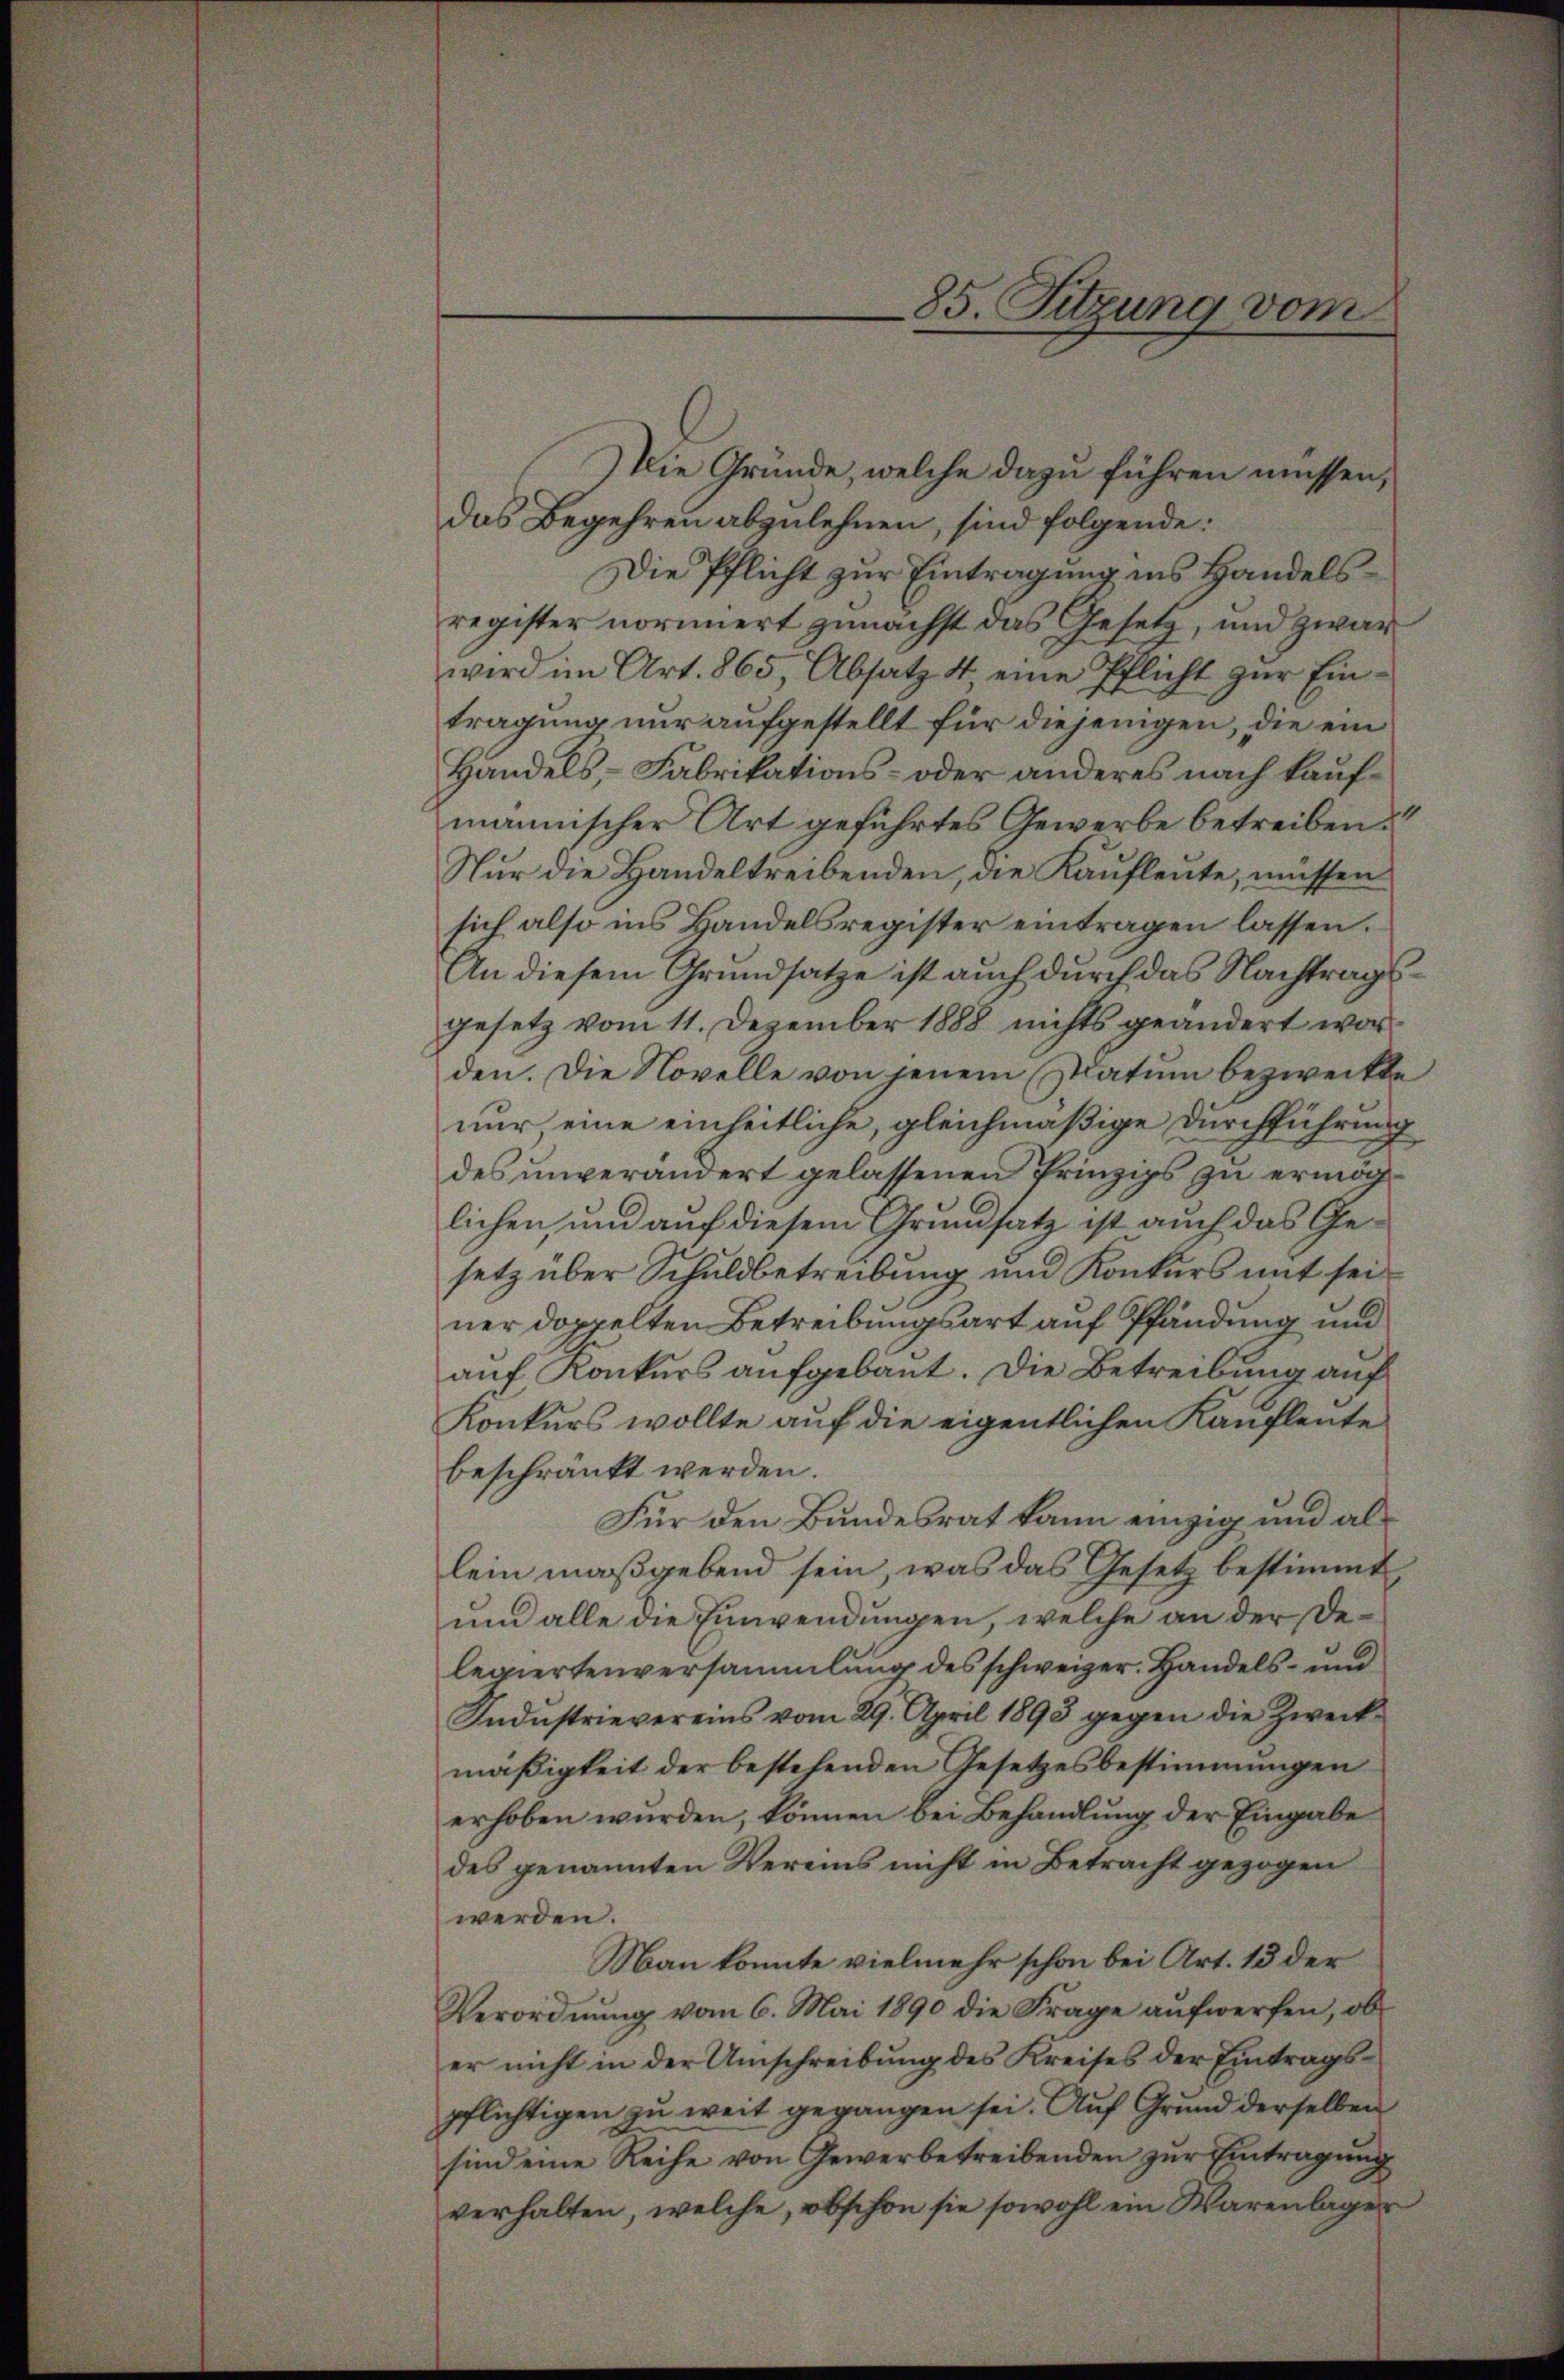
Die Gründe, welche dazu führen müssen,
das Begehren abzulehnen, sind folgende:
Die Pflicht zur Eintragung ins Handelsregister normiert zunächst das Gesetz, und zwar
wird im Art. 865, Absatz 4 eine Pflicht zur Eintragung nur aufgestellt für diejenigen, die ein
Handels, Fabrikations- oder anderes nach kaufmännischer Art geführtes Gewerbe betreiben?
Nur die Handeltreibenden, die Kaufleute, müssen
sich also ins Handelsregister eintragen lassen.
An diesem Grundsatze ist auch durch das Nachtragsgesetz vom 11. Dezember 1888 nichts geändert worden. Die Novelle von jenem Statum bezweckte
nur eine einheitliche, gleichmäßige Durchführung
des unverändert gelassenen Prinzips zu ermöglichen, und auf diesem Grundsatz ist auch das Gesetz über Schuldbetreibung und Konkurs mit seiner doppelten Betreibungsart auf Pfändung und
auf Konkurs aufgebaut. Die Betreibung auf
Konkurs wollte auf die eigentlichen Kaufleute
beschränkt werden.
Für den Bundesrat kann einzig und als
lein maßgebend sein, was das Gesetz bestimmt
un alle die Einwendungen, welche an der Delegiertenversammlung des schweizer. Handels- und
Industrievereins vom 29. April 1893 gegen die Zweck
mäßigkeit der bestehenden Gesetzesbestimmungen
erhoben wurden, können bei Behandlung der Eingabe
des genannten Vereins nicht in Betracht gezogen
werden.
Man konnte vielmehr schon bei Art. 13 der
Verordnung vom 6. Mai 1890 die Frage aufwerfen, ob
er nicht in der Umschreibung des Kreises der Eintragspflichtigen zu weit gegangen sei. Auf Grund derselben
sind eine Reihe von Gewerbetreibenden zŭr Eintragŭng
verhalten, welche, obschon sie sowohl ein Warenlager

85. Sitzung vom